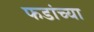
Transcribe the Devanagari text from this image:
फडांच्या